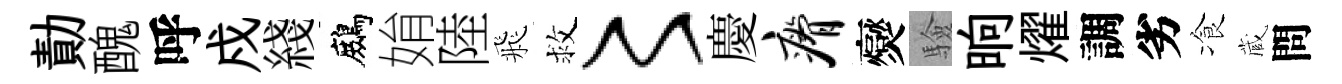
勣醜呼戍綫鷓姢陸飛救〻慶瘠爕驗晌燿調劣飡蔵問